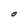
Character: o